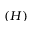
( H )